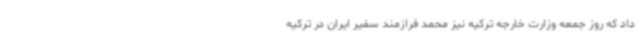
داد که روز جمعه وزارت خارجه ترکیه نیز محمد فرازمند سفیر ایران در ترکیه